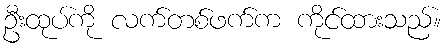
ဦးထုပ်ကို လက်တစ်ဖက်က ကိုင်ထားသည်။